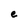
Character: e